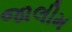
જાલીમ